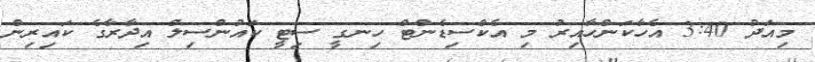
މިއަދު 3:40 އެހާކަންހާއިރު މި އެކްސިޑެންޓް ހިނގީ ސިޓީ ކައުންސިލް އިދާރާގެ ކައިރިން